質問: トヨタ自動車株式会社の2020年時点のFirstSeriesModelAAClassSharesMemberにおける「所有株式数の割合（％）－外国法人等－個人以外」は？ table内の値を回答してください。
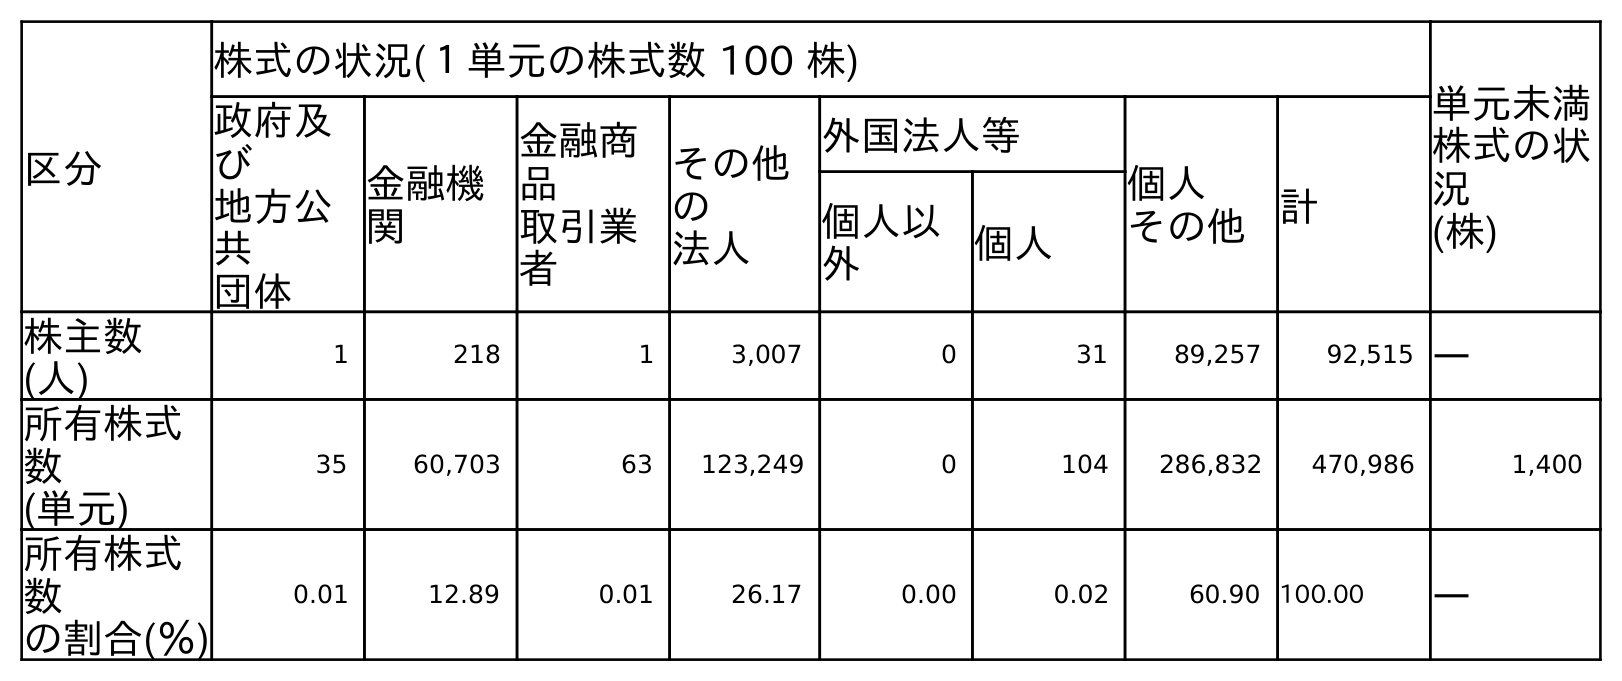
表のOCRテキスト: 区分 株式の状況(１単元の株式数 100 株) 単元未満 株式の状 況 (株) 政府及 び 地方公 共 団体 金融機 関 金融商 品 取引業 者 その他 の 法人 外国法人等 個人 その他 計 個人以 外 個人 株主数 (人) 1 218 1 3,007 0 31 89,257 92,515 ― 所有株式 数 (単元) 35 60,703 63 123,249 0 104 286,832 470,986 1,400 所有株式 数 の割合(％) 0.01 12.89 0.01 26.17 0.00 0.02 60.90 100.00 ―
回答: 0.00